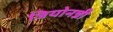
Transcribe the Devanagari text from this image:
जियोनन्नी